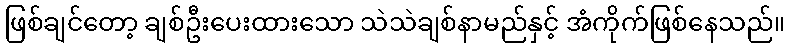
ဖြစ်ချင်တော့ ချစ်ဦးပေးထားသော သဲသဲချစ်နာမည်နှင့် အံကိုက်ဖြစ်နေသည်။